Indian journal of veterinary science and animal husbandry - Volume 10,
Year: 1940
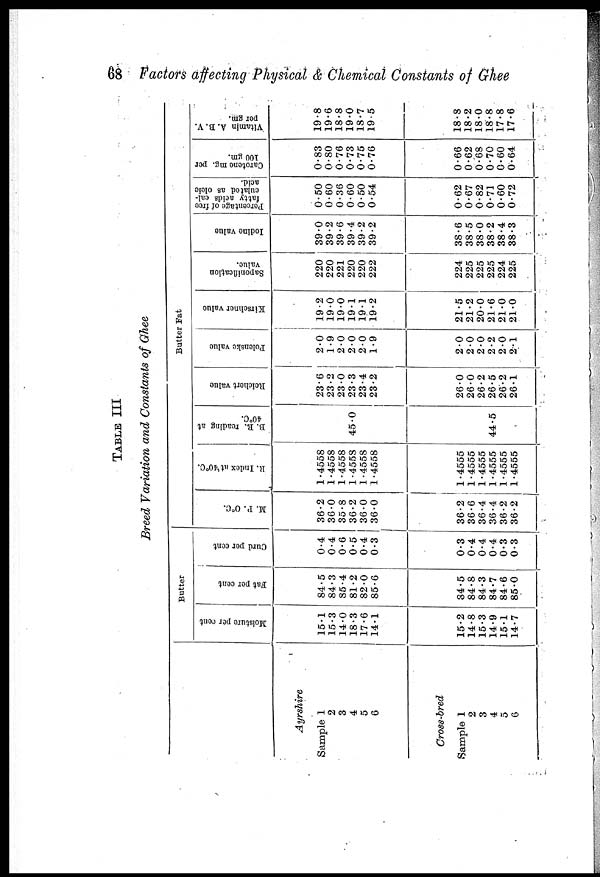
68 Factors affecting Physical & Chemical Constants of Ghee
TABLE III
Breed Variation and Constants of Ghee
Ayrshire
Sample 1
2
3
4
5
6
Cross-bred
Sample 1
2
3
4
5
6
Moisture per cent
15.1
15.3
14.0
18.3
17.6
14.1
15.2
14.8
15.3
14.9
15.1
14.7
Butter
Fat per cent
84.5
84.3
85.4
81.2
82.0
85.6
84.5
84.8
84.3
84.7
84.6
85.0
Curd per cent
0.4
0.4
0.6
0.5
0.4
0.3
0.3
0.4
0.4
0.4
0.3
0.3
M. P. 0°C.
36.2
36.0
35.8
36.2
36.0
36.0
36.2
36.6
36.4
36.4
36.2
36.2
R.
Index at 40°C.
1.4558
1.4558
1.4558
1.4558
1.4558
1.4558
1.4555
1.4555
1.4555
1.4555
1.4555
1.4555
B. R. reading at
40°C.
45.0
44.5
Reichert value
23.6
23.2
23.0
23.3
23.4
23.2
26.0
26.0
26.2
26.5
26.2
26.1
Butter Fat
Polenske value
2.0
1.9
2.0
2.0
2.0
1.9
2.0
2.0
2.0
2.2
2.0
2.1
Kirscliner value
19.2
19.0
19.0
19.1
19.1
19.2
21.5
21.2
20.0
21.6
21.0
21.0
Saponification
value.
220
220
221
220
220
222
224
225
225
225
224
225
Iodine value
39.0
39.2
39.6
39.4
39.2
39.2
38.6
38.5
38.0
38.2
38.4
38.3
Percentage of free
fatty acids cal-
culated as oleic
acid.
0.50
0.60
0.36
0.60
0.50
0.54
0.62
0.67
0.82
0.71
0.60
0.72
Carotene mg. per
100 gm.
0.83
0.80
0.76
0.73
0.75
0.76
0.66
0.62
0.68
0.70
0.60
0.64
Vitamin A. B.V.
per gm.
19.8
19.6
18.8
19.0
18.7
19.5
18.8
18.2
18.0
18.8
17.8
17.6